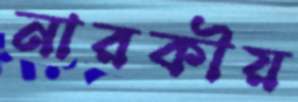
নারকীয়